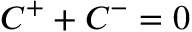
{ \cal C } _ { } ^ { \mathrm { { + } } } + { \cal C } _ { } ^ { - } = 0